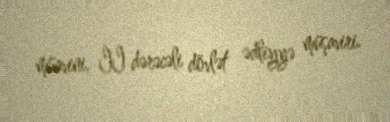
müavini, II dərəcəli dövlət ədliyyə müşaviri.